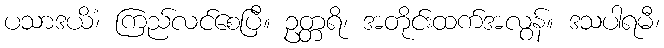
ပသာဒယိံ၊ ကြည်လင်စေပြီ။ ဥတ္တရိ၊ အတိုင်းထက်အလွန်။ ဒသပါရမီ၊